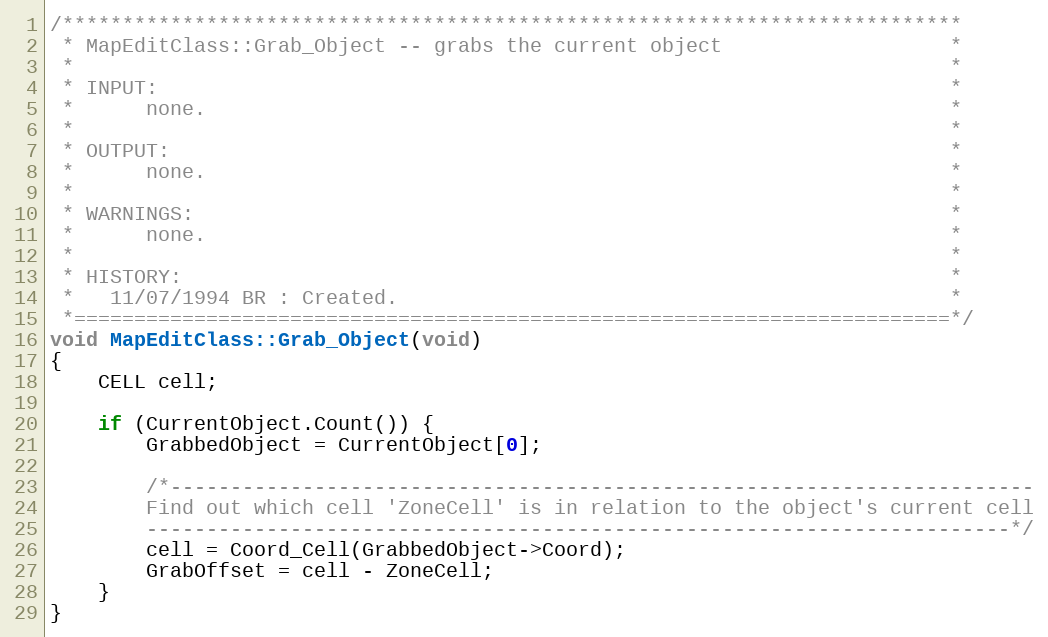
Language: C++
/***************************************************************************
 * MapEditClass::Grab_Object -- grabs the current object                   *
 *                                                                         *
 * INPUT:                                                                  *
 *      none.                                                              *
 *                                                                         *
 * OUTPUT:                                                                 *
 *      none.                                                              *
 *                                                                         *
 * WARNINGS:                                                               *
 *      none.                                                              *
 *                                                                         *
 * HISTORY:                                                                *
 *   11/07/1994 BR : Created.                                              *
 *=========================================================================*/
void MapEditClass::Grab_Object(void)
{
	CELL cell;

	if (CurrentObject.Count()) {
		GrabbedObject = CurrentObject[0];

		/*------------------------------------------------------------------------
		Find out which cell 'ZoneCell' is in relation to the object's current cell
		------------------------------------------------------------------------*/
		cell = Coord_Cell(GrabbedObject->Coord);
		GrabOffset = cell - ZoneCell;
	}
}